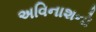
અવિનાશનો